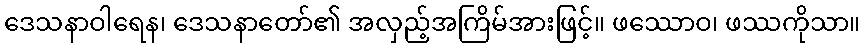
ဒေသနာဝါရေန၊ ဒေသနာတော်၏ အလှည့်အကြိမ်အားဖြင့်။ ဖဿောဝ၊ ဖဿကိုသာ။